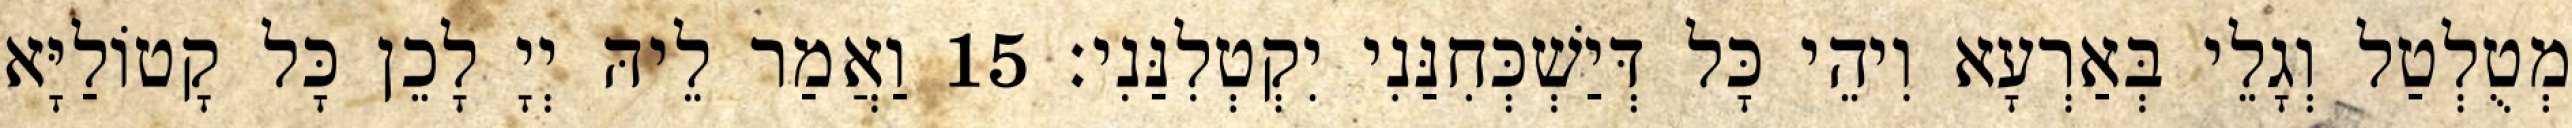
מְטֻלְטַל וְגָלֵי בְּאַרְעָא וִיהֵי כָּל דְּיַשְׁכְּחִנַּנִי יִקְטְלִנַּנִי׃ 15 וַאֲמַר לֵיהּ יְיָ לָכֵן כָּל קָטוֹלַיָּא